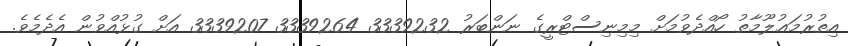
އިތުރުމަޢުލޫމާތު ހޯއްދެވުމަށް މިމިނިސްޓްރީގެ ނަންބަރު 3339232 3339264 3339207 އަށް ގުޅުއްވުން އެދެމެވެ.